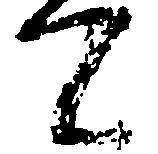
候